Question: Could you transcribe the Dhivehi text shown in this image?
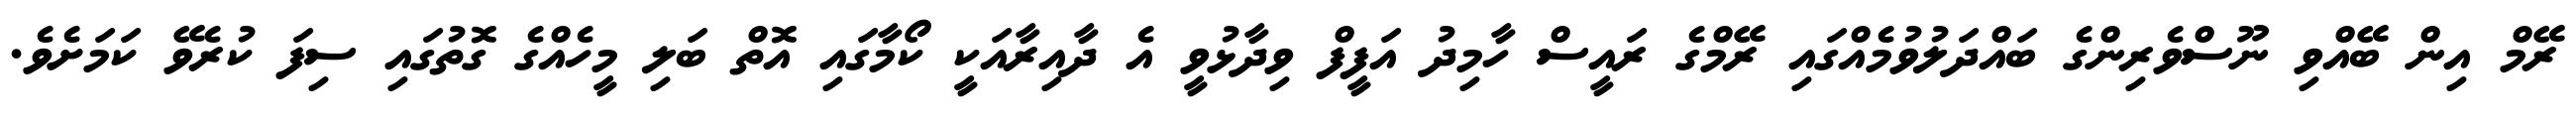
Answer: ރޭމް އިން ބޭއްވި ނޫސްވެރިންގެ ބައްދަލުވުމެއްގައި ރޭމްގެ ރައީސް ހާމިދު އަފީފް ވިދާޅުވީ އެ ދާއިރާއަކީ ކޯމާގައި އޮތް ބަލި މީހެއްގެ ގޮތުގައި ސިފަ ކުރެވޭ ކަމަށެވެ.